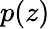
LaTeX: p(z)